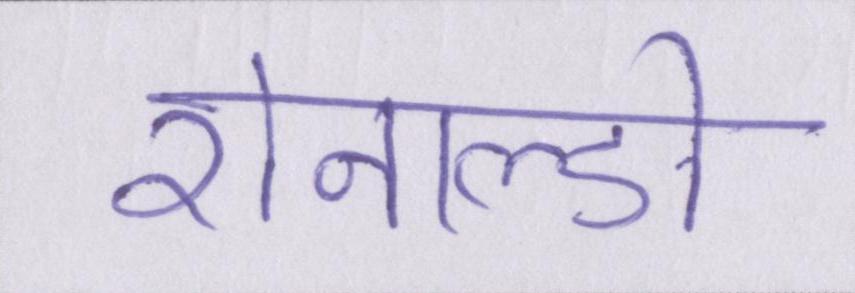
रोनाल्डो